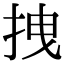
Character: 拽